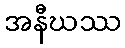
အနီဃဿ